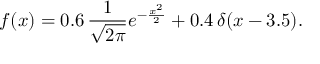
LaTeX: f ( x ) = 0 . 6 \, { \frac { 1 } { \sqrt { 2 \pi } } } e ^ { - { \frac { x ^ { 2 } } { 2 } } } + 0 . 4 \, \delta ( x - 3 . 5 ) .